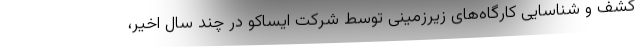
کشف و شناسایی کارگاه‌های زیرزمینی توسط شرکت ایساکو در چند سال اخیر،